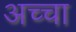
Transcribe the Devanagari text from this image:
अच्‍चा